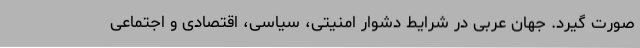
صورت گیرد. جهان عربی در شرایط دشوار امنیتی، سیاسی، اقتصادی و اجتماعی